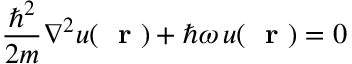
\frac { \hbar ^ { 2 } } { 2 m } \nabla ^ { 2 } u ( \mathrm { ~ \bf ~ r ~ } ) + \hbar \omega \, u ( \mathrm { ~ \bf ~ r ~ } ) = 0 \;